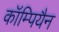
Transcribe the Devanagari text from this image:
कॉम्पियैन